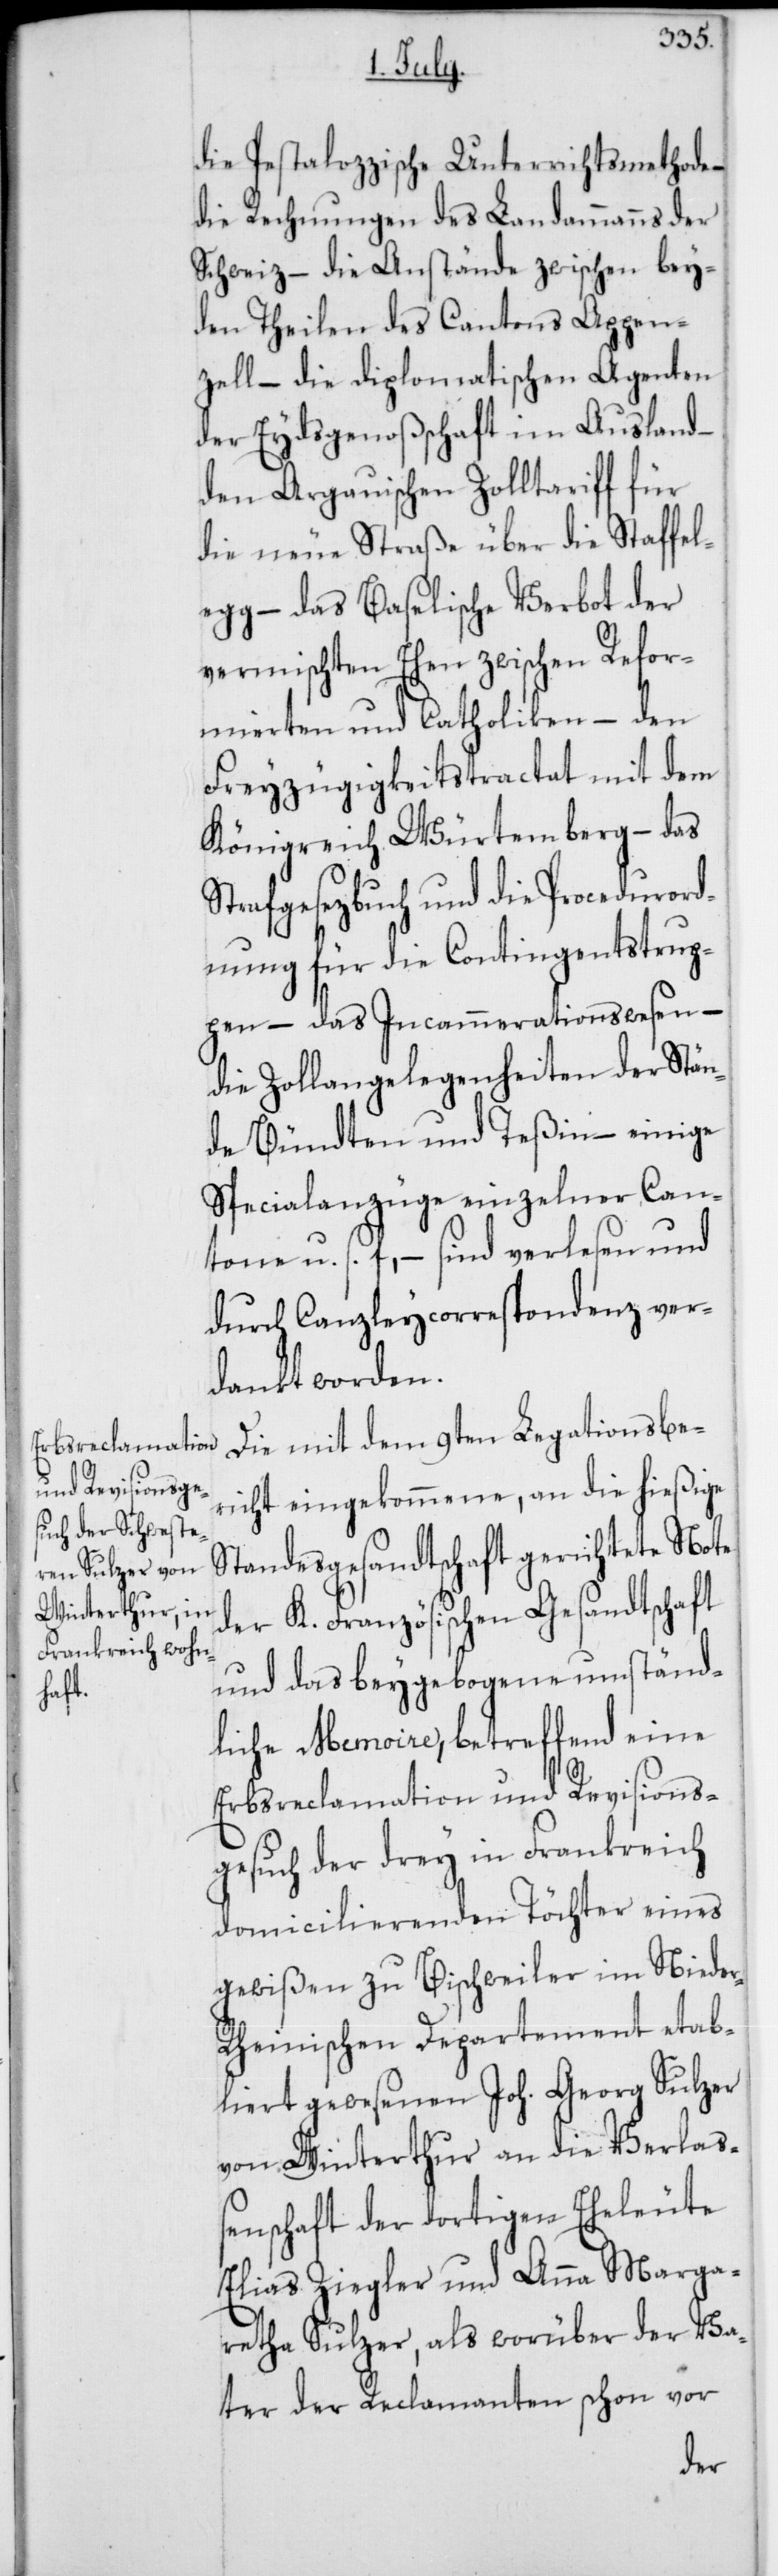
die Pestalozzische Unterrichtsmethode
die Rechnungen des Landammanns der
Schweiz – die Anstände zwischen bey¬
den Theilen des Cantons Appen¬
zell – die Diplomatischen Agenten
der Eydsgenoßenschaft im Ausland –
den Argauischen Zolltariff für
die neue Straße über die Staffel¬
egg – das Baselische Verbot der
vermischten Ehen zwischen Refor¬
mierten und Catholiken – den
Freyzügigkeitstractat mit dem
Königreich Würtemberg – das
Strafgesetzbuch und die Procedurord¬
nung für die Contingentstrup¬
pen – das Incammerationswesen –
die Zollangelegenheiten der Stän¬
de Bündten und Teßin – einige
Specialanzüge einzelner Can¬
tone u. s. f., – sind verlesen und
durch Canzleycorrespondenz ver¬
dankt worden.
Die mit dem 9ten Legationsbe¬
richt eingekommene, an die hießige
Strandesgesandtschaft gerichtete Note
der K. Französischen Gesandtschaft
und das beygebogene umständ¬
liche Memoire, betreffend eine
Erbsreclamation und Revisions¬
gesuch der drey in Frankreich
domicilierenden Töchter eines
gewißen zu Bischweiler im Niede¬
r-Rheinischen Departement etab¬
liert gewesenen Joh. Georg Sulzer
von Winterthur an die Verlaß¬
enschaft der dortigen Eheleute
Elias Ziegler und Anna Marga¬
retha Sulzer, als worüber der Va¬
ter der Reclamanten schon vor